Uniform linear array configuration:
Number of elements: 4
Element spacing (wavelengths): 0.5
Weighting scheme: hann
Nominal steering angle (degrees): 30
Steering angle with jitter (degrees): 29.355
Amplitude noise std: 0.05
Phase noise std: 0.05

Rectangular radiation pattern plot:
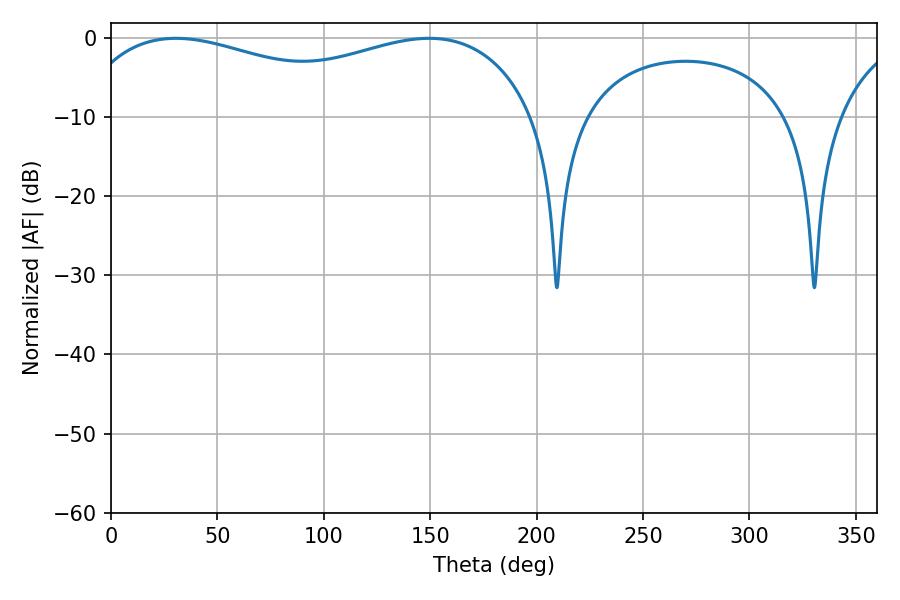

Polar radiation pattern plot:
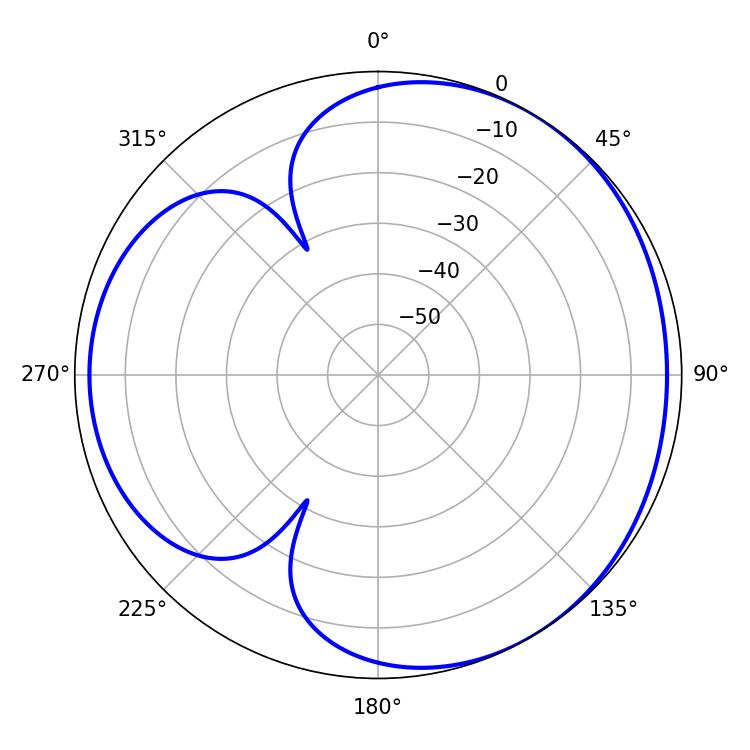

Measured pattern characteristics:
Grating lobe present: FALSE
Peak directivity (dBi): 3.5
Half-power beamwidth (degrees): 178.92
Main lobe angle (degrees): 30.42